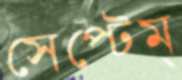
সেপ্টেম্